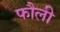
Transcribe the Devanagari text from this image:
फौली